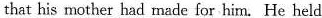
that his mother had made for him.He held